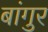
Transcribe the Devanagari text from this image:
बांगुर